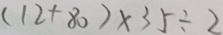
( 1 2 + 8 0 ) \times 3 5 \div 2